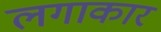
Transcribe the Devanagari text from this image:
लगाकार